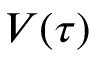
V ( \tau )